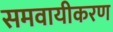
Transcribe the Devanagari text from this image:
समवायीकरण